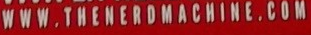
WWW.THENCRDMAONINC.COM